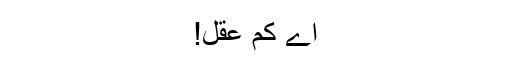
اے کم عقل!